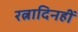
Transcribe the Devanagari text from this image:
रत्नादिनहीं